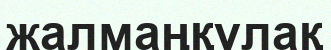
жалмаңқұлақ